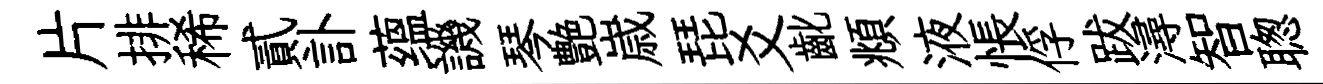
片排稀貳訃蕴譏琴艶𡻕琵爻齔頫液悵俘跋潯智聦